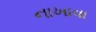
નાખાવા